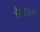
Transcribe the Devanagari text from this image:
डेन्टर्स